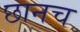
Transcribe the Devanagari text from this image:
छानच